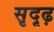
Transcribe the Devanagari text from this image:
सृदृढ़